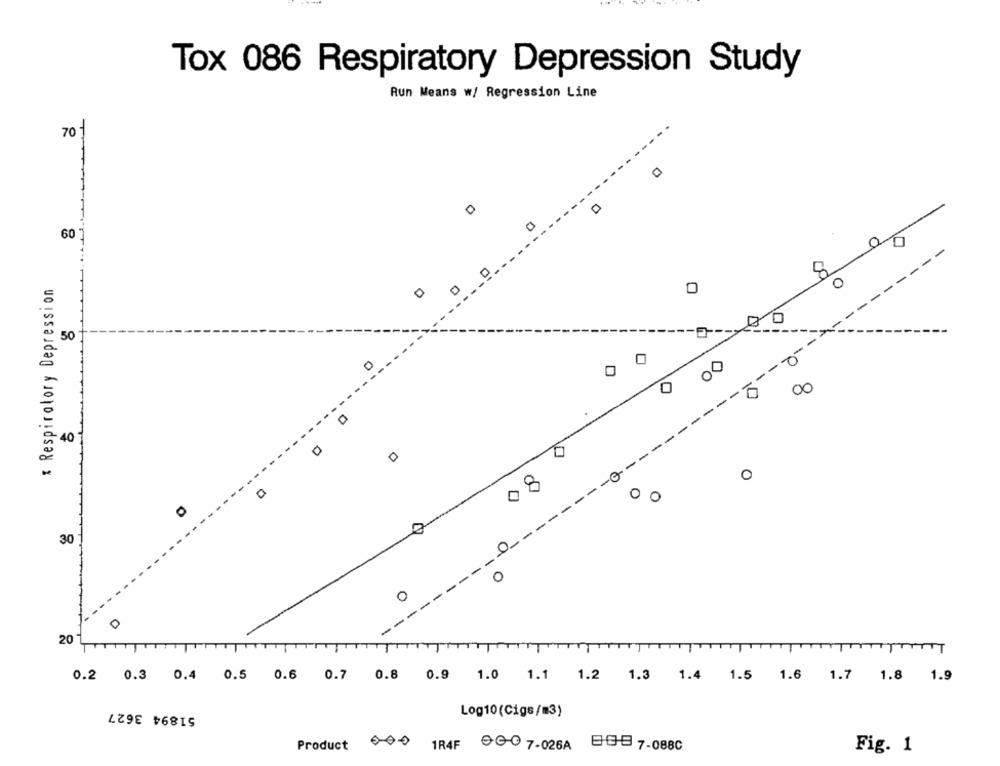
Tox 086 Respiratory Depression Study
Aun Means w/ Regression Line
70
0
60 7
Respiratory Depression
0
0
0
50
-0
00
0
0
-
00
0
--
0
0
-
0
08
0
0
30
0-
0
0
--
20
TT
TTT
0.2 0.3 0.4 0.5 0.6 0.7 0.8 0.9 1.0 1.1 1.2 1.3 1.4 1.5 1.6 1.7 1.8 1.9
51894 3627
Log10(Cigs/m3)
Product 000
1R4F 90 7-026A 539 7-088C
Fig. 1